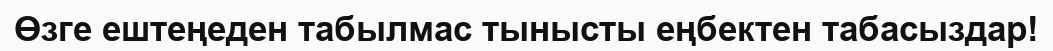
Өзге ештеңеден табылмас тынысты еңбектен табасыздар!